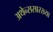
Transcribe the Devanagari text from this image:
अथेन्ससारख्या